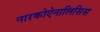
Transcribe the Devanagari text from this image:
नारकोऐनालिसिस